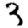
Digit: 3